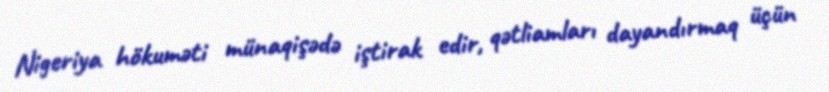
Nigeriya hökuməti münaqişədə iştirak edir, qətliamları dayandırmaq üçün